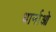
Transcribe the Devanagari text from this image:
धार्नाओ